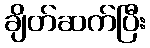
ချိတ်ဆက်ပြီး